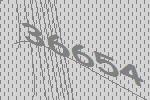
36654